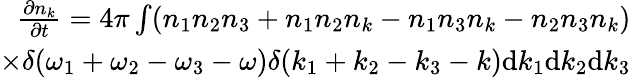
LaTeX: \begin{array}{r}{\frac{\partial n_{k}}{\partial t}=4\pi\int(n_{1}n_{2}n_{3}+n_{1}n_{2}n_{k}-n_{1}n_{3}n_{k}-n_{2}n_{3}n_{k})}\\ {\times\delta(\omega_{1}+\omega_{2}-\omega_{3}-\omega)\delta(k_{1}+k_{2}-k_{3}-k)\textnormal{d}k_{1}\textnormal{d}k_{2}\textnormal{d}k_{3}}\end{array}